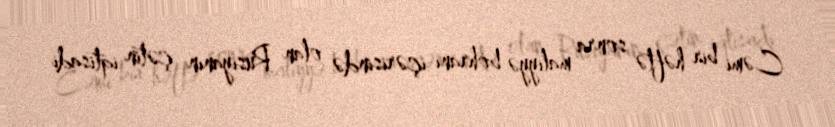
Cəmi bir həftə sonra maliyyə böhranı içərisində olan Rusiyanın çətin iqtisadi